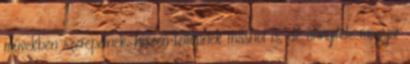
művekben szerepelnek, hiszen fellépnek máshol is, de annyiféle magyar